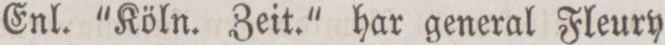
Enl. “Köln. Zeit.“ har general Fleury